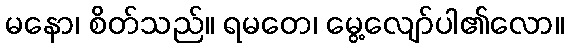
မနော၊ စိတ်သည်။ ရမတေ၊ မွေ့လျော်ပါ၏လော။